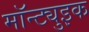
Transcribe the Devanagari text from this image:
मॉन्ट्युइक